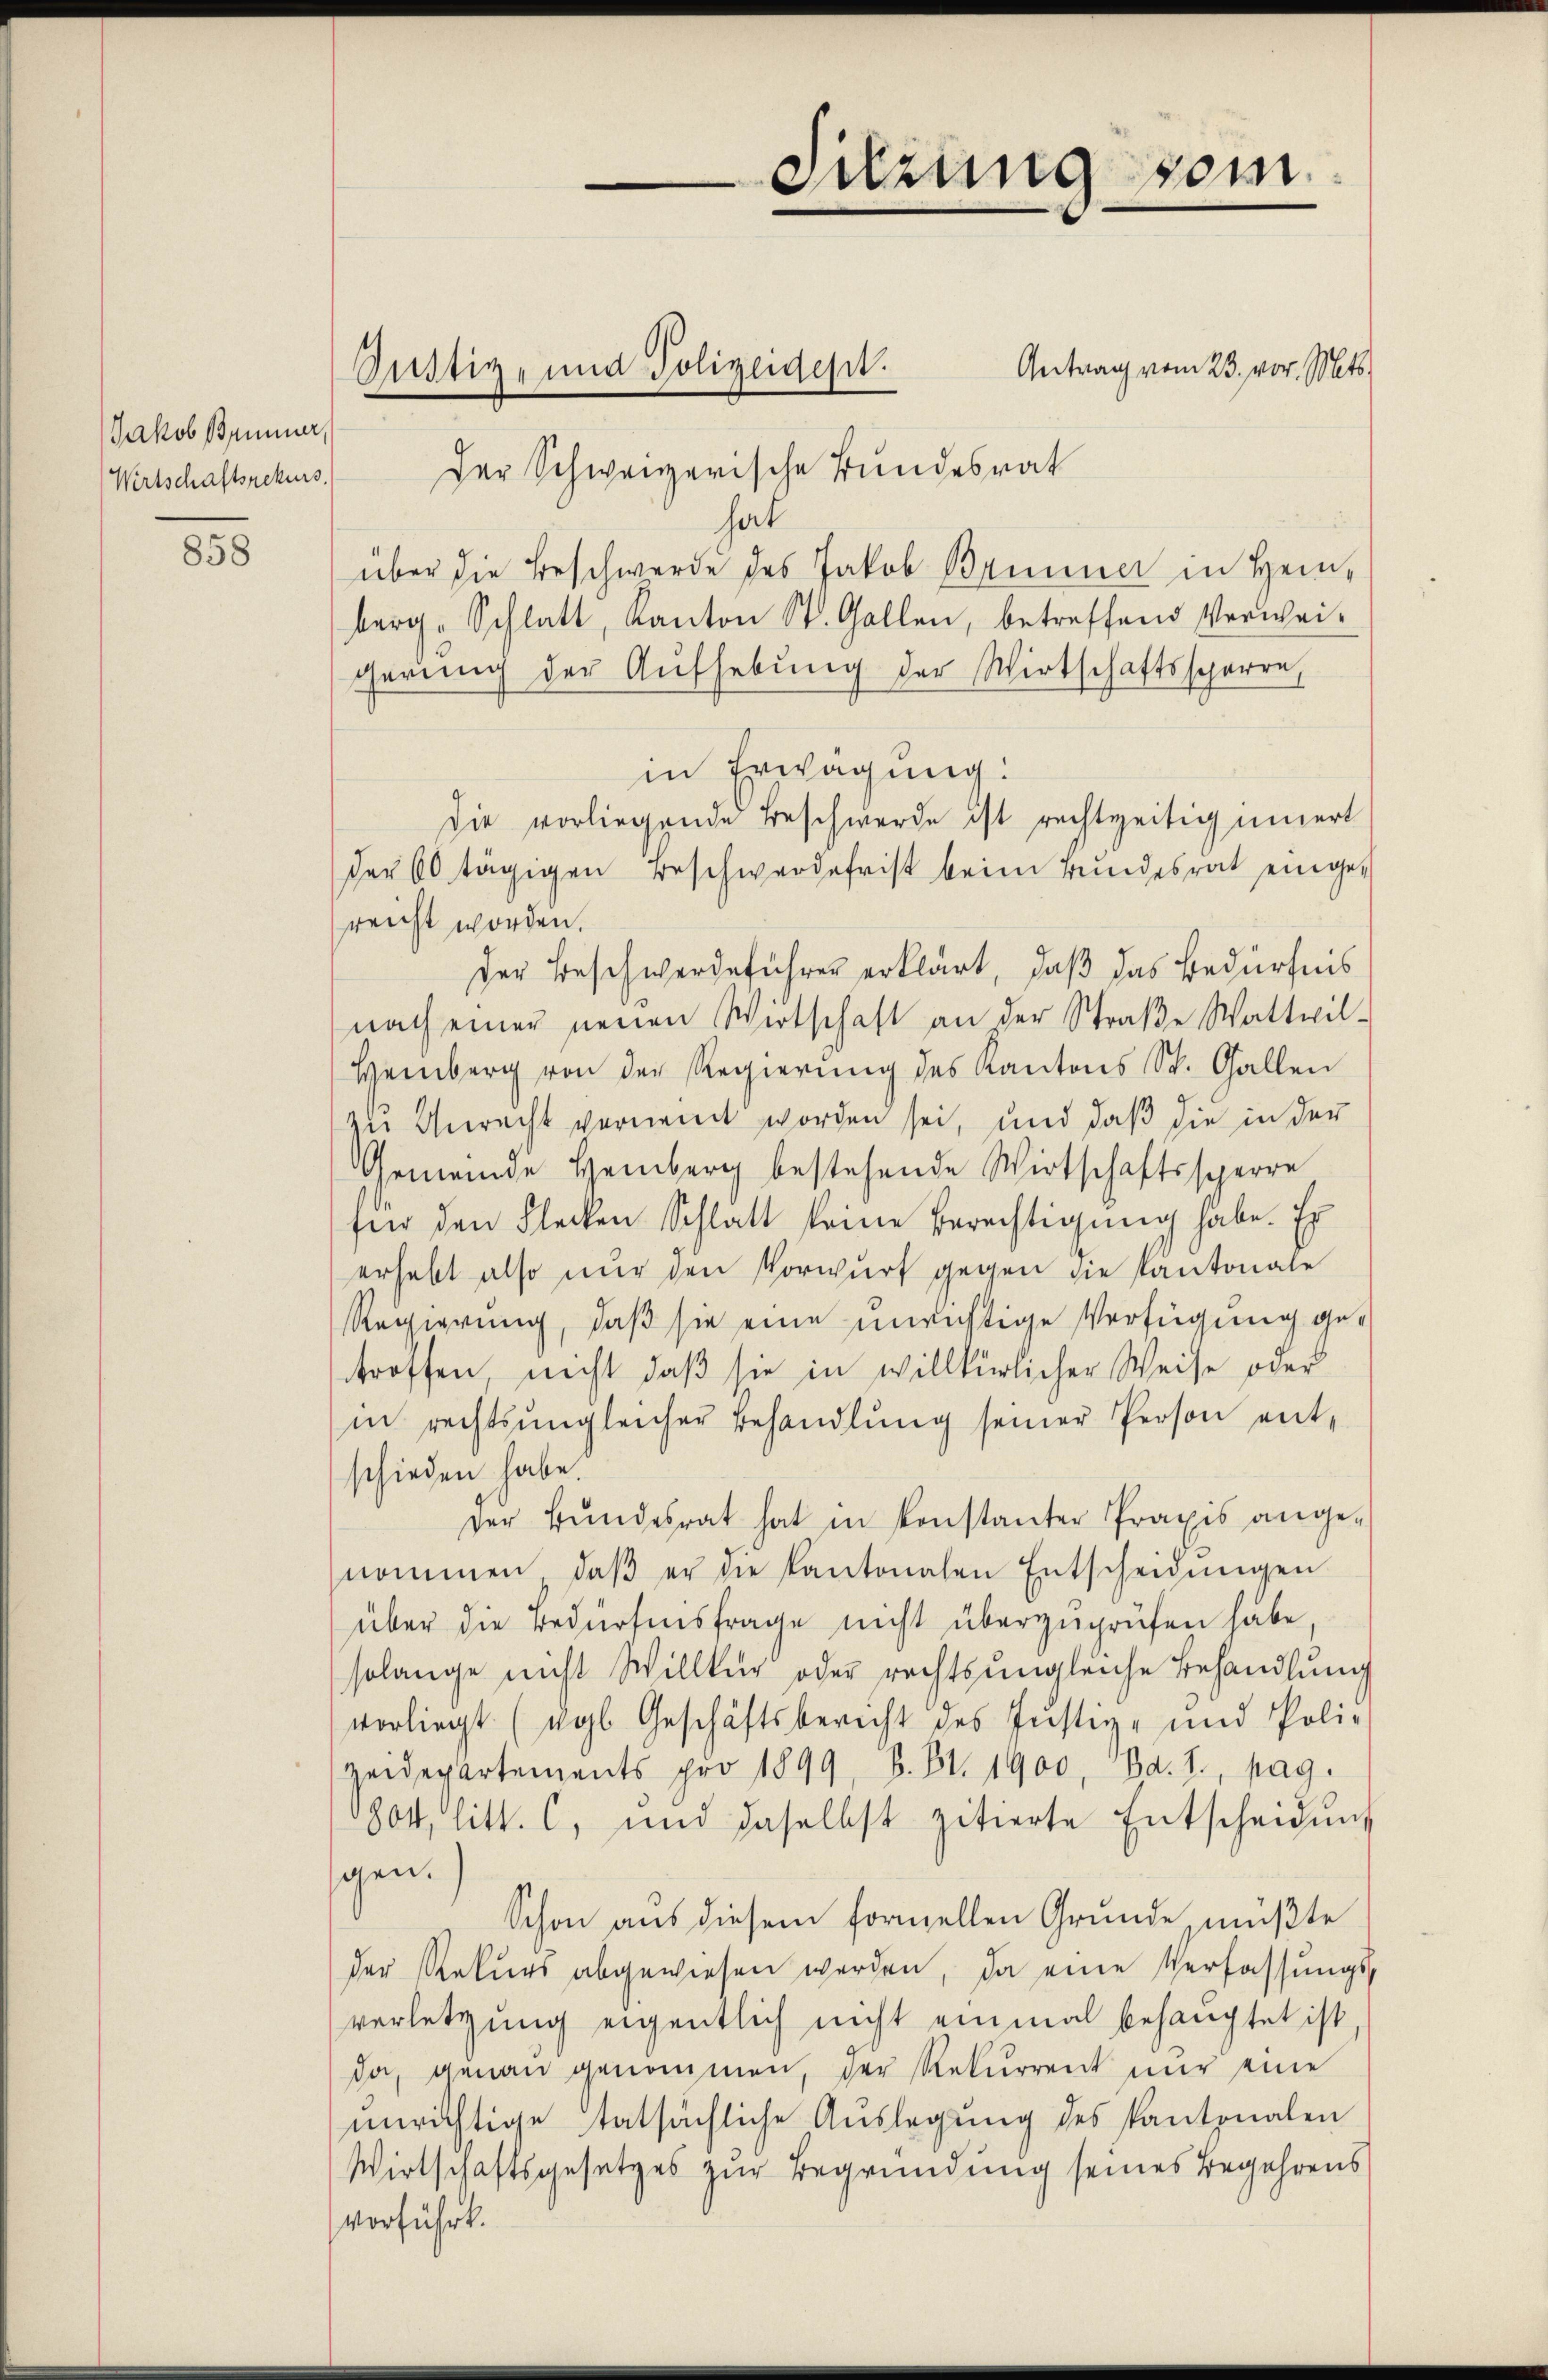
Jakob Brunner,
Wirtschaftsrekurs

858

Antrag vom 23. vor. Mts.
Der Schweizerische Bundesrat
hat
über die Beschwerde des Jakob Brunner in Heinberg-Schlatt, Kanton St. Gallen, betreffend Verwei-
gerung der Aufhebung der Wirtschaftssperre
in Erwägung:
Die vorliegende Beschwerde ist rechtzeitig innert
der 60 tägigen Beschwerdefrist beim Bundesrat eingereicht worden.
der Beschwerdeführer erklärt, daß das Bedürfnis
nach einer neuen Wirtschaft an der Straβe Wattwil-
Heinberg von der Regierung des Kantons St. Gallen
zu Gerecht vernennt worden sei, und daß die in der
Gemeinde Hemberg bestehende Wirtschaftssperre
für den Flecken Schlatt keine Berechtigung habe. Er
erhebt also nur den Vorwurf gegen die Kantonale
Regierung, daß sie eine unrichtige Verfügung getroffen nicht, daß sie in willkürlicher Weise oder
in rechtsŭngleicher Behandlŭng seiner Person entschieden habe.
der Bŭndesrat hat in konstanter Praxis ange-
nommen, daβ er die Kantonalen Entscheidŭngen
über die Bedürfnisfrage nicht überzuprüfen habe,
solange nicht Willkür oder rechts ungleiche Behandlŭng
vorliegt (vgl. Geschäftsberecht des Justiz- und Poli-
Heidepartements pro 1899, B. Bl. 1900, Bd. 1., pag.
1804 litt. c, und daselbst zitierte Entscheidŭng
gen.
Schon aus diesem formellen Grunde mußte
der Rekurs abgewiesen werden, da eine Verfassungsverletzung eigentlich nicht einmal behauptet ist
da, genau genommen, der Rekurrent nur eine
unrichtige tatsächliche Auslegung des Kantonalen
Wirtschaftsgesetzes zur Begründung seines Begehrens
vorführt.

Justiz- und Polizeidest.

Sitzung sein.